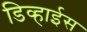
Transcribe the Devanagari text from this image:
डिव्हाईस